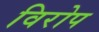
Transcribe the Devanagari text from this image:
विरोप